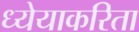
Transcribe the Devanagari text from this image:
ध्येयाकरिता